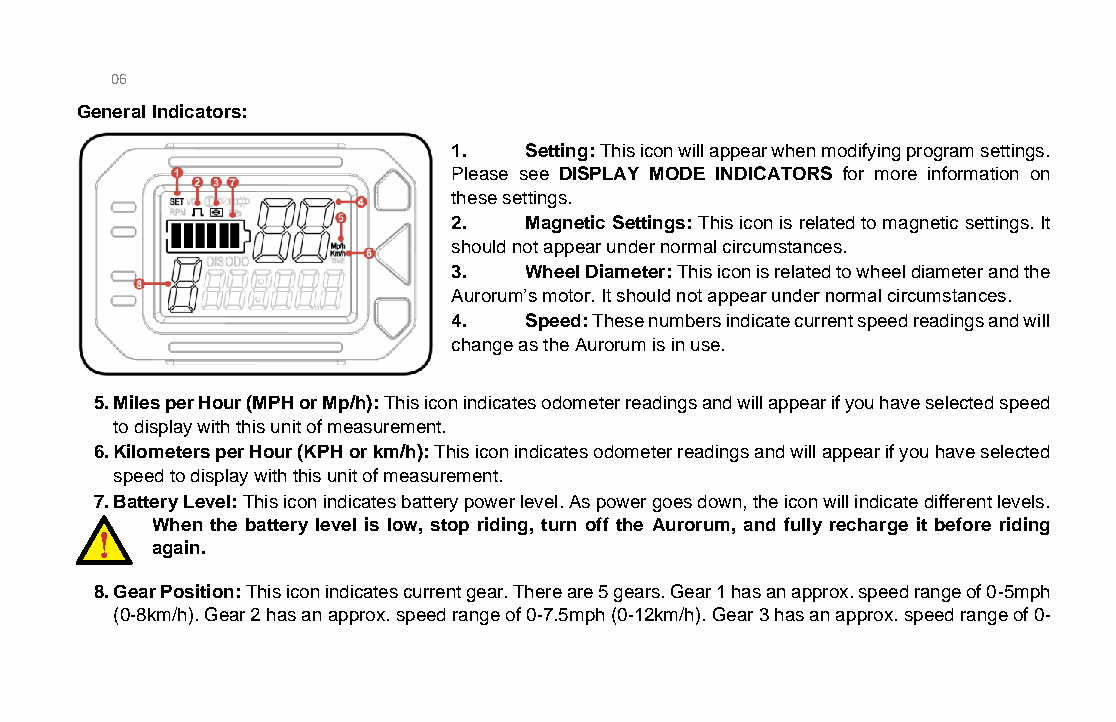
06
 General Indicators:
 1.   Setting: This icon will appear when modifying program settings.
 Please see DISPLAY MODE INDICATORS for more information on
 these settings.
 2.   Magnetic Settings: This icon is related to magnetic settings. It
 should not appear under normal circumstances.
 3.   Wheel Diameter: This icon is related to wheel diameter and the
 Aurorum’s motor. It should not appear under normal circumstances.
 4.   Speed: These numbers indicate current speed readings and will
 change as the Aurorum is in use.
 5. Miles per Hour (MPH or Mp/h): This icon indicates odometer readings and will appear if you have selected speed
 to display with this unit of measurement.
 6. Kilometers per Hour (KPH or km/h): This icon indicates odometer readings and will appear if you have selected
 speed to display with this unit of measurement.
 7. Battery Level: This icon indicates battery power level. As power goes down, the icon will indicate different levels.
 When the battery level is low, stop riding, turn off the Aurorum, and fully recharge it before riding
 again.
 8. Gear Position: This icon indicates current gear. There are 5 gears. Gear 1 has an approx. speed range of 0-5mph
 (0-8km/h). Gear 2 has an approx. speed range of 0-7.5mph (0-12km/h). Gear 3 has an approx. speed range of 0-